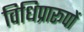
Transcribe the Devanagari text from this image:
विधिप्रारूपों